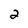
Character: 2